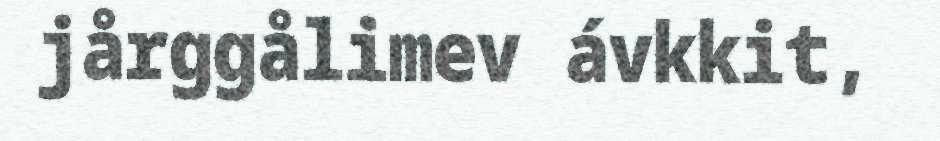
jårggålimev ávkkit,